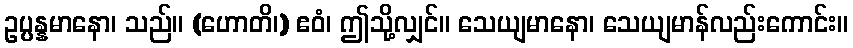
ဥပ္ပန္နမာနော၊ သည်။ (ဟောတိ၊) ဧဝံ၊ ဤသို့လျှင်။ သေယျမာနော၊ သေယျမာန်လည်းကောင်း။